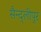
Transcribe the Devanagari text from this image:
सैन्द्लीपुर